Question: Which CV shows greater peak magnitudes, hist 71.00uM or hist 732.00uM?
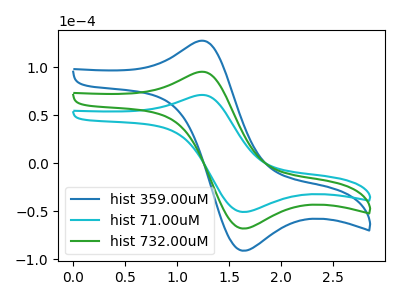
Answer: <think>The blue curve "hist 359.00uM" has an anodic peak at (1.20V, 190.00uA) and a cathodic peak at (1.60V, -136.05uA). The cyan curve "hist 71.00uM" has an anodic peak at (1.20V, 70.90uA) and a cathodic peak at (1.60V, -50.75uA). The green curve "hist 732.00uM" has an anodic peak at (1.20V, 95.00uA) and a cathodic peak at (1.60V, -68.00uA).</think>
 <answer>Every peak in "hist 71.00uM" is lower than every peak in "hist 732.00uM".</answer>
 <eval>lower</eval>